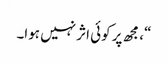
“، مجھ پر کوئی اثر نہیں ہوا۔